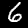
Digit: 6